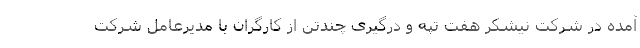
آمده در شرکت نیشکر هفت تپه و درگیری چندتن از کارگران با مدیرعامل شرکت